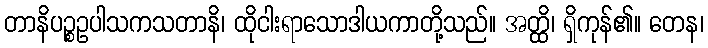
တာနိပဉ္စဥပါသကသတာနိ၊ ထိုငါးရာသောဒါယကာတို့သည်။ အတ္ထိ၊ ရှိကုန်၏။ တေန၊